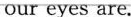
our eyes are.